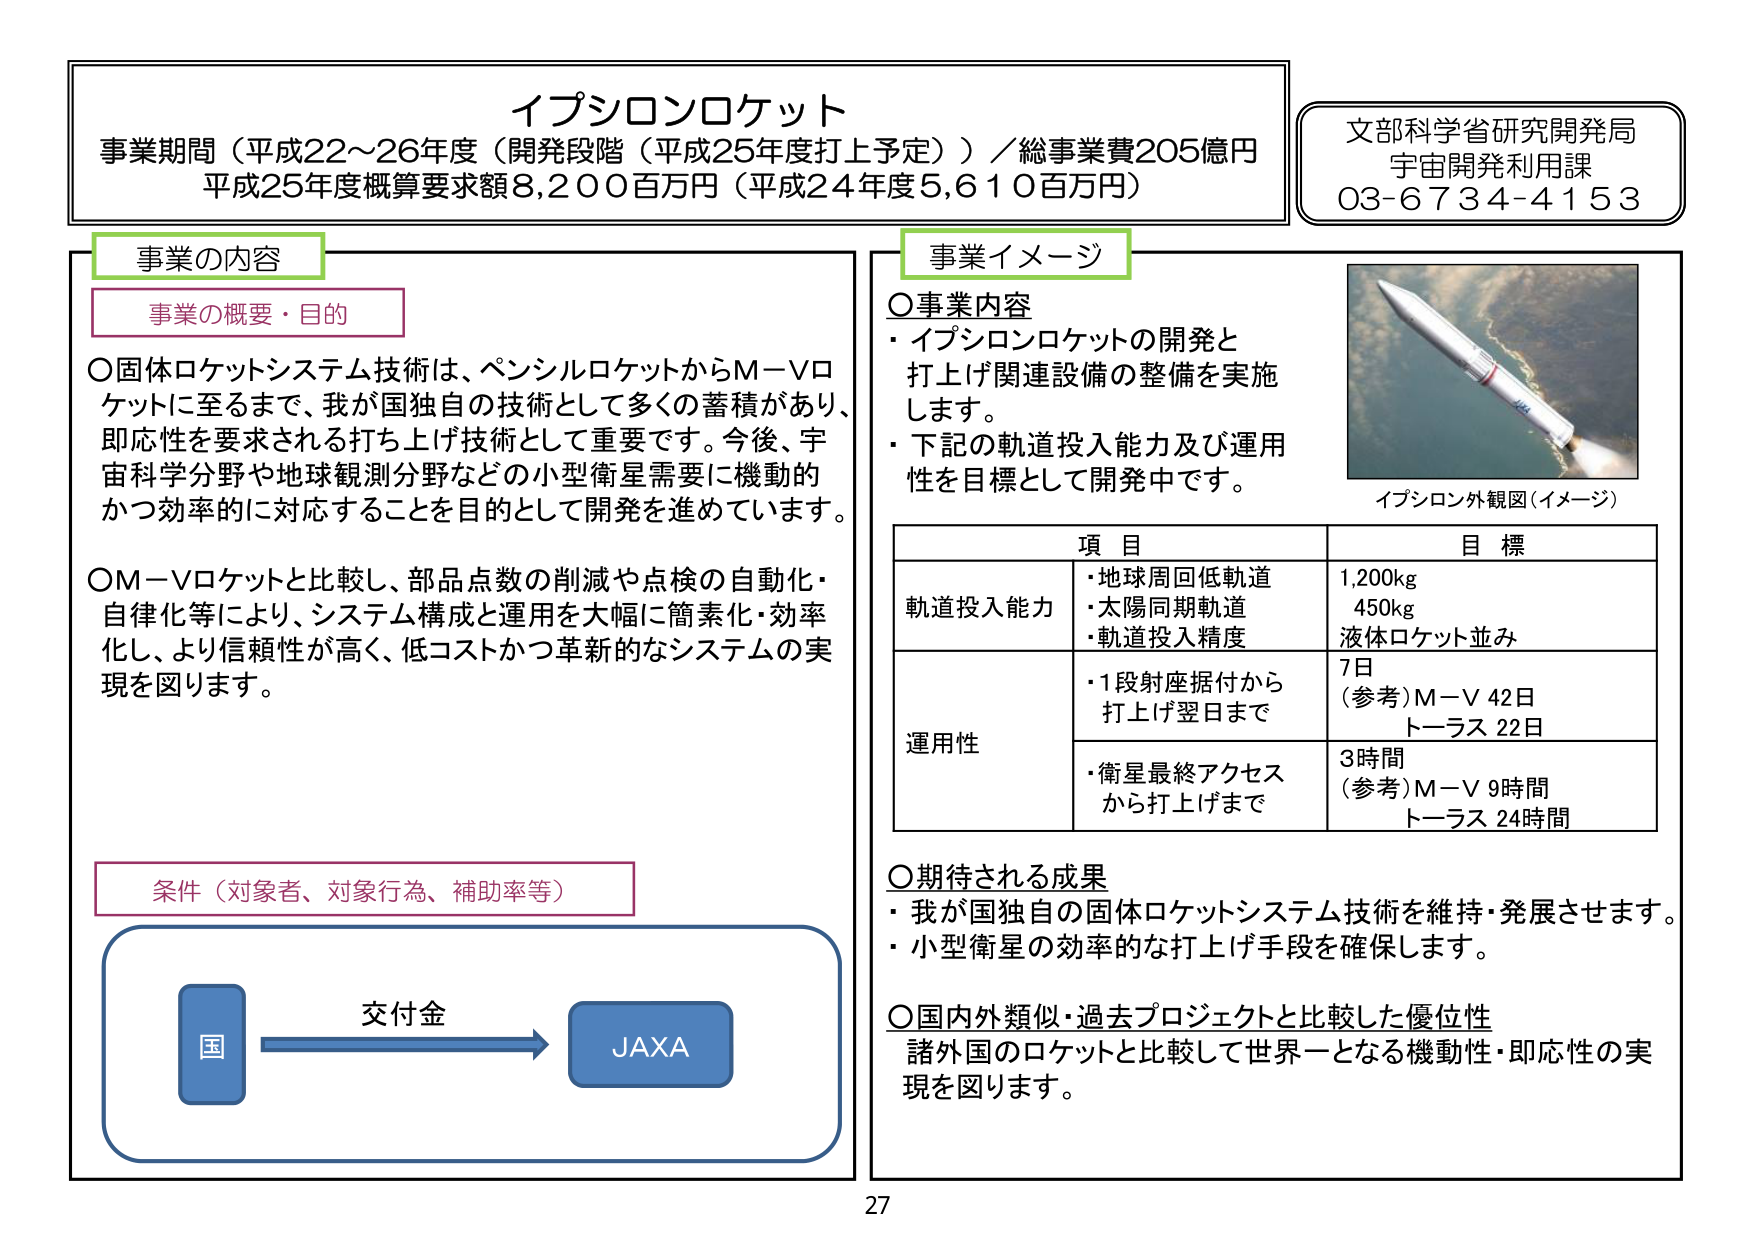
イプシロンロケット
事業期間（平成22～26年度（開発段階（平成25年度打上予定））／総事業費205億円
平成25年度概算要求額8,200百万円（平成24年度5,610百万円）

文部科学省研究開発局
宇宙開発利用課
03-6734-4153

事業の内容
事業の概要・目的
○固体ロケットシステム技術は、ペンシルロケットからM－Vロケットに至るまで、我が国独自の技術として多くの蓄積があり、即応性を要求される打ち上げ技術として重要です。今後、宇宙科学分野や地球観測分野などの小型衛星需要に機動的かつ効率的に対応することを目的として開発を進めています。
○M－Vロケットと比較し、部品点数の削減や点検の自動化・自律化等により、システム構成と運用を大幅に簡素化・効率化し、より信頼性が高く、低コストかつ革新的なシステムの実現を図ります。

条件（対象者、対象行為、補助率等）
国 → 交付金 → JAXA

事業イメージ
○事業内容
・イプシロンロケットの開発と打ち上げ関連設備の整備を実施します。
・下記の軌道投入能力及び運用性を目標として開発中です。

イプシロン外観図（イメージ）

項目　　　　　　　　　　　　　　　　　目標
軌道投入能力　・地球周回低軌道　　　　1,200kg
　　　　　　　・太陽同期軌道　　　　　450kg
　　　　　　　・軌道投入精度　　　　　液体ロケット並み

運用性　　　　・1段射座据付から　　　　7日
　　　　　　　　打ち上げ翌日まで　　　（参考）M－V 42日
　　　　　　　　　　　　　　　　　　　　トーラス 22日
　　　　　　　・衛星最終アクセス　　　3時間
　　　　　　　　から打ち上げまで　　　（参考）M－V 9時間
　　　　　　　　　　　　　　　　　　　　トーラス 24時間

○期待される成果
・我が国独自の固体ロケットシステム技術を維持・発展させます。
・小型衛星の効率的な打ち上げ手段を確保します。

○国内外類似・過去プロジェクトと比較した優位性
諸外国のロケットと比較して世界一となる機動性・即応性の実現を図ります。

27